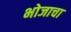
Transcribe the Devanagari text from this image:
भोजाचा